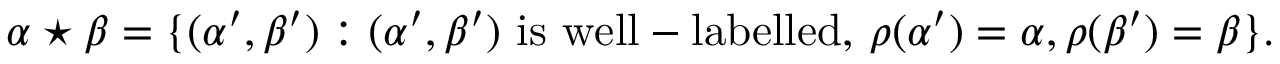
\alpha \star \beta = \{ ( \alpha ^ { \prime } , \beta ^ { \prime } ) : ( \alpha ^ { \prime } , \beta ^ { \prime } ) { \mathrm { ~ i s ~ w e l l - l a b e l l e d , ~ } } \rho ( \alpha ^ { \prime } ) = \alpha , \rho ( \beta ^ { \prime } ) = \beta \} .